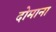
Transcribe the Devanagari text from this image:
दोमाना